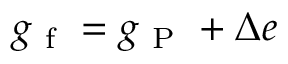
g _ { \mathrm { ~ f ~ } } = g _ { \mathrm { ~ P ~ } } + \Delta e